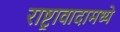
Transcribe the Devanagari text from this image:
राष्ट्रावादामध्ये